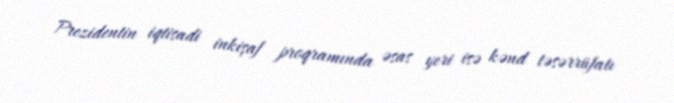
Prezidentin iqtisadi inkişaf proqramında əsas yeri isə kənd təsərrüfatı